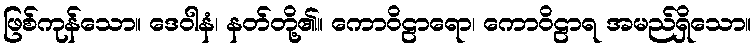
ဖြစ်ကုန်သော။ ဒေဝါနံ၊ နတ်တို့၏။ ကောဝိဠာရော၊ ကောဝိဠာရ အမည်ရှိသော။